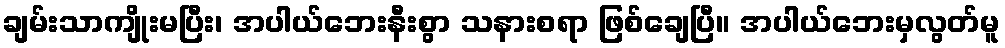
ချမ်းသာကျိုးမပြီး၊ အပါယ်ဘေးနီးစွာ သနားစရာ ဖြစ်ချေပြီ။ အပါယ်ဘေးမှလွတ်မူ